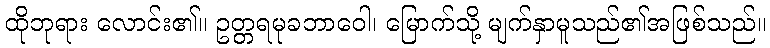
ထိုဘုရား လောင်း၏။ ဥတ္တရမုခဘာဝေါ၊ မြောက်သို့ မျက်နှာမူသည်၏အဖြစ်သည်။